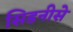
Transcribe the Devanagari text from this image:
सिडनीसे